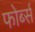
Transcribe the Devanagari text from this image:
फोर्ब्‍स